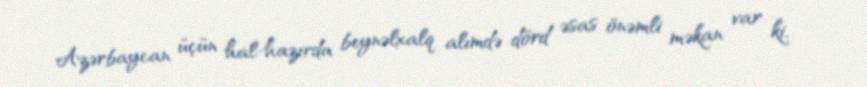
Azərbaycan üçün hal-hazırda beynəlxalq alımdə dörd əsas önəmli məkan var ki,